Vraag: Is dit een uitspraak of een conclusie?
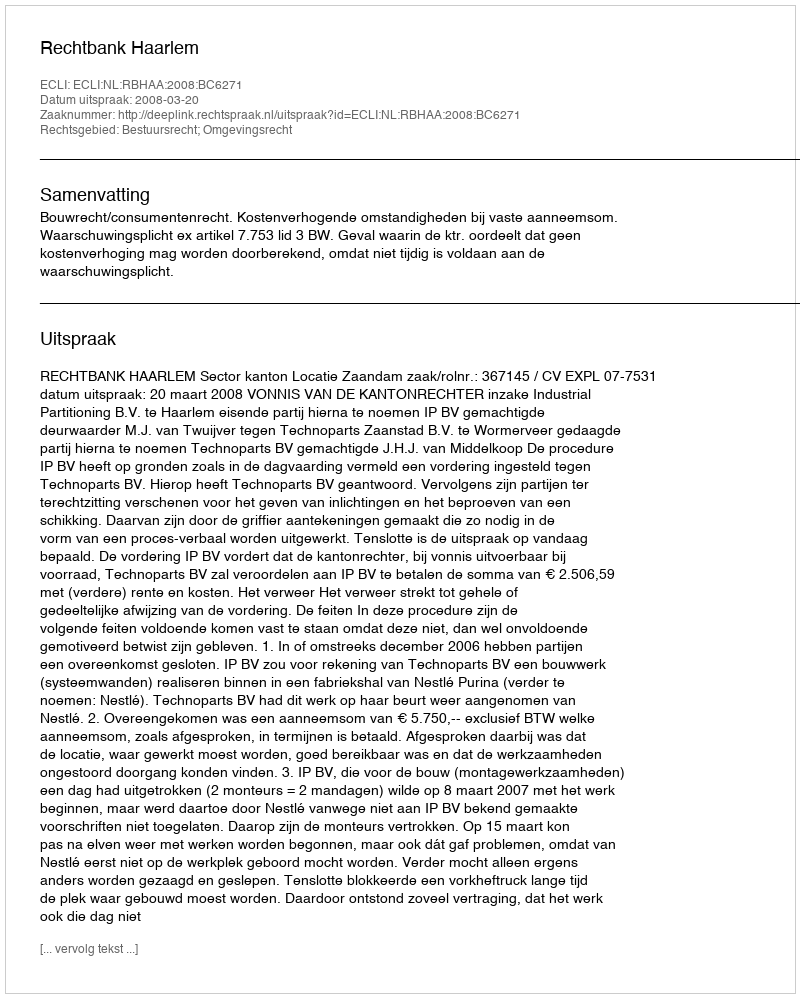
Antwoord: Uitspraak